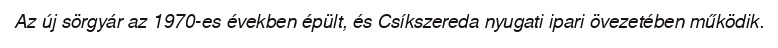
Az új sörgyár az 1970-es években épült, és Csíkszereda nyugati ipari övezetében működik.